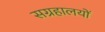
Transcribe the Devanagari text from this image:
सग्रहालयों